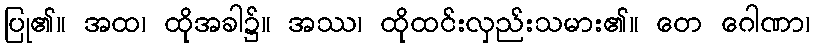
ပြု၏။ အထ၊ ထိုအခါ၌။ အဿ၊ ထိုထင်းလှည်းသမား၏။ တေ ဂေါဏာ၊